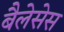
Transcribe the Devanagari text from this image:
बैलेसेस